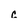
Character: c